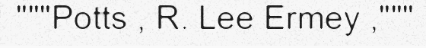
"""Potts , R. Lee Ermey ,"""